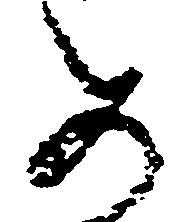
め